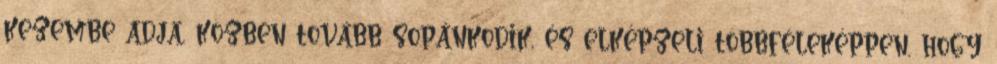
kezembe adja, közben tovább sopánkodik, és elképzeli többféleképpen, hogy